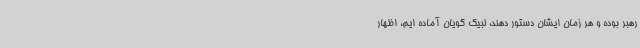
رهبر بوده و هر زمان ایشان دستور دهند، لبیک گویان آماده ایم، اظهار